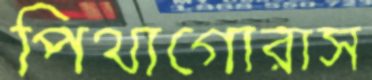
পিথাগোরাস